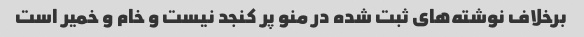
برخلاف نوشته‌های ثبت شده در منو پر کنجد نیست و خام و خمیر است